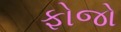
ફોજો